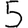
Digit: 5